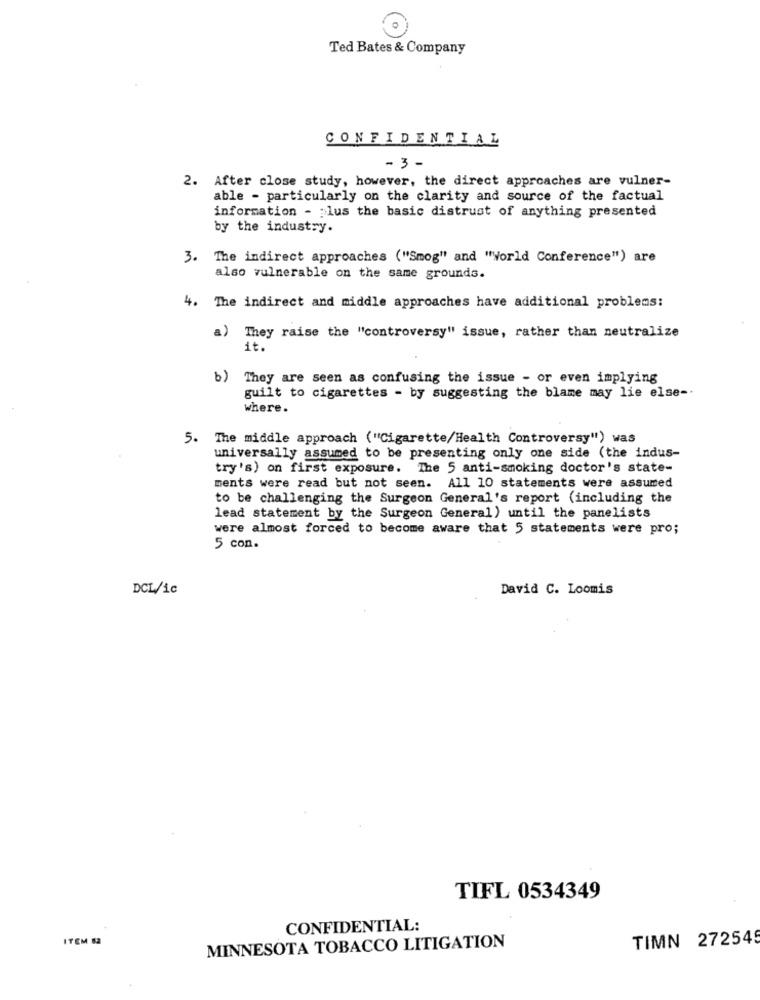
Ted Bates & Company
CONFIDENTIAL
-3 -
2. After close study, however, the direct approaches are vulner-
able - particularly on the clarity and source of the factual
information - plus the basic distrust of anything presented
by the industry.
3. The indirect approaches ("Smog" and "World Conference") are
also vulnerable on the same grounds.
4. The indirect and middle approaches have additional problems:
a) They raise the "controversy" issue, rather than neutralize
it.
b) They are seen as confusing the issue - or even implying
guilt to cigarettes - by suggesting the blame may lie else -.
where.
5. The middle approach ("Cigarette/Health Controversy") was
universally assumed to be presenting only one side (the indus-
try's) on first exposure. The 5 anti-smoking doctor's state-
ments were read but not seen. All 10 statements were assumed
to be challenging the Surgeon General's report (including the
lead statement by the Surgeon General) until the panelists
were almost forced to become aware that 5 statements were pro;
5 con.
DCL/ic
David C. Loomis
TIFL 0534349
CONFIDENTIAL:
ITEM 52
TIMN 272549
MINNESOTA TOBACCO LITIGATION